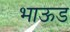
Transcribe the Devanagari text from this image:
भाऊड